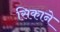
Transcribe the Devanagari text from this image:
सिकाने